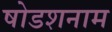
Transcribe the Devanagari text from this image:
षोडशनाम